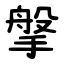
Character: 搫